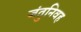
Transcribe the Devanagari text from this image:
जंतुनिवह